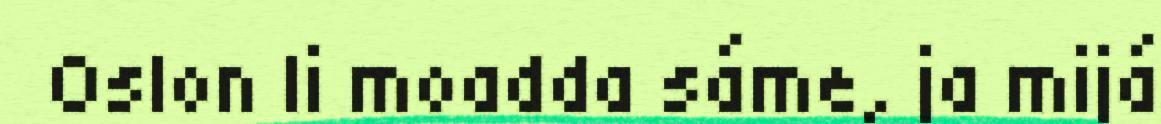
Oslon li moadda sáme, ja mijá